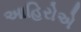
આહિરોએ